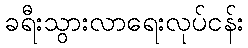
ခရီးသွားလာရေးလုပ်ငန်း